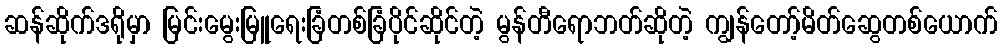
ဆန်ဆိုက်ဒရိုမှာ မြင်းမွေးမြူရေးခြံတစ်ခြံပိုင်ဆိုင်တဲ့ မွန်တီရောဘတ်ဆိုတဲ့ ကျွန်တော့်မိတ်ဆွေတစ်ယောက်